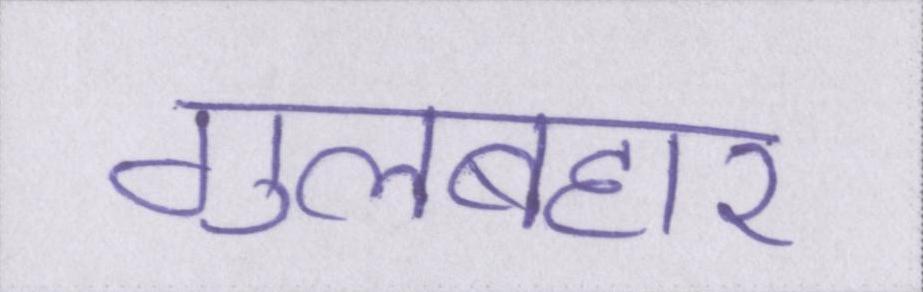
गुलबहार